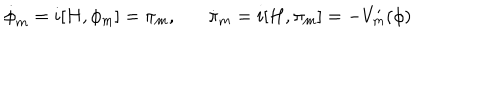
\dot { \phi } _ { m } = i [ H , \phi _ { m } ] = \pi _ { m } , \dot { \pi } _ { m } = i [ H , \pi _ { m } ] = - V _ { m } ^ { \prime } ( \phi )